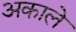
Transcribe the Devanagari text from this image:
अकाले